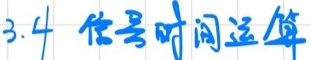
3.4 信号时间运算